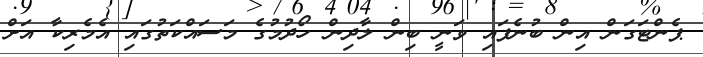
ޕެންޓަގަން އިން ބުނެފައި ވަނީ ބިން ލާދިން ހޯދުމުގެ މަސައްކަތުގައި އެމެރިކާ އަށް